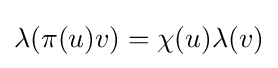
\lambda (\pi (u)v)=\chi (u)\lambda (v)